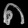
Digit: ၈